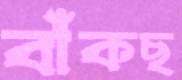
বাঁকছ